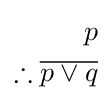
{\begin{aligned}p\\\therefore {\overline {p\vee q}}\\\end{aligned}}